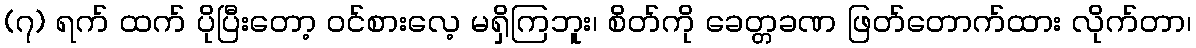
(၇) ရက် ထက် ပိုပြီးတော့ ဝင်စားလေ့ မရှိကြဘူး၊ စိတ်ကို ခေတ္တခဏ ဖြတ်တောက်ထား လိုက်တာ၊